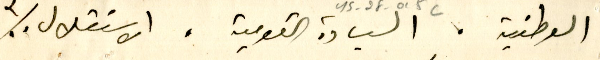
الوطنية، السيادة القومية، الاستقلال ..